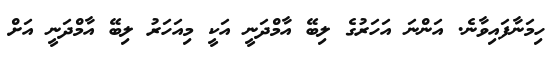
ހިމަނާފައިވާނެ. އަންނަ އަހަރުގެ ލިބޭ އާމްދަނީ އަކީ މިއަހަރު ލިބޭ އާމްދަނީ އަށް